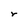
Character: r